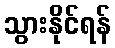
သွားနိုင်ရန်